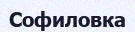
Софиловка